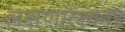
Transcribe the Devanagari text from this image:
लक्षणांलकार